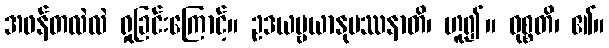
အဖန်တလဲလဲ ရှုခြင်းကြောင့်။ ဥဒယဗ္ဗယာနုပဿနာတိ၊ ဟူ၍။ ဝုစ္စတိ၊ ၏။